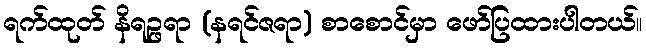
ရက်ထုတ် နိရဉ္ဖရာ (နရင်ဇရာ) စာစောင်မှာ ဖော်ပြထားပါတယ်။